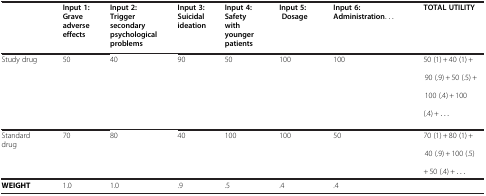
<table><thead><tr><td><b> </b></td><td><b>Input 1:Grave adverse effects</b></td><td><b>Input 2:Trigger secondary psychological problems</b></td><td><b>Input 3:Suicidal ideation</b></td><td><b>Input 4:Safety with younger patients</b></td><td><b>Input 5:Dosage</b></td><td><b>Input 6:Administration...</b></td><td><b>TOTAL UTILITY</b></td></tr></thead><tbody><tr><td>Study drug</td><td>50</td><td>40</td><td>90</td><td>50</td><td>100</td><td>100</td><td>50 (1) + 40 (1) + 90 (.9) + 50 (.5) + 100 (.4) + 100 (.4) + ...</td></tr><tr><td>Standard drug</td><td>70</td><td>80</td><td>40</td><td>100</td><td>100</td><td>50</td><td>70 (1) + 80 (1) + 40 (.9) + 100 (.5) + 50 (.4) + ...</td></tr><tr><td><b>WEIGHT</b></td><td>1.0</td><td>1.0</td><td>.9</td><td>.5</td><td>.4</td><td>.4</td><td> </td></tr></tbody></table>